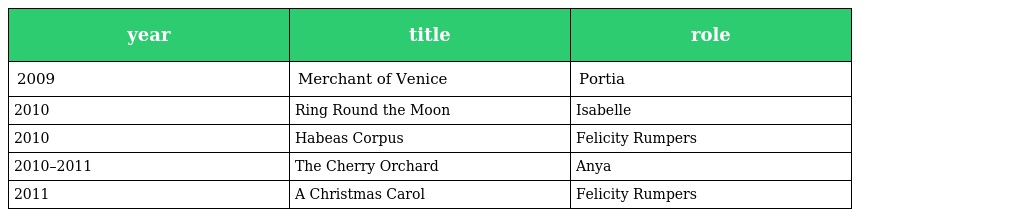
| year | title | role |
 | --- | --- | --- |
 | 2009 | Merchant of Venice | Portia |
 | 2010 | Ring Round the Moon | Isabelle |
 | 2010 | Habeas Corpus | Felicity Rumpers |
 | 2010–2011 | The Cherry Orchard | Anya |
 | 2011 | A Christmas Carol | Felicity Rumpers |